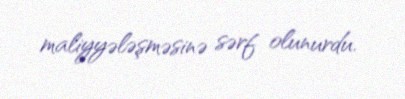
maliyyələşməsinə sərf olunurdu.